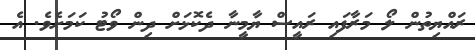
ރައްޔިތުން ލޯ މަރާފައި ރައީސް ޔާމީނާ ދެކޮޅަށް ދިން ވޯޓު ކަމަށެވެ. އެ